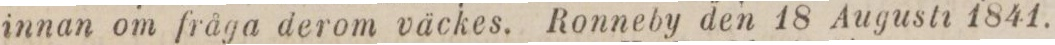
innan om fråga derom väckes. Ronneby den 18 Augusti 1841.